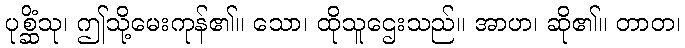
ပုစ္ဆိံသု၊ ဤသို့မေးကုန်၏။ သော၊ ထိုသူဌေးသည်။ အာဟ၊ ဆို၏။ တာတ၊